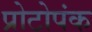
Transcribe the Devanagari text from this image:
प्रोटोपंक